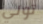
تولي